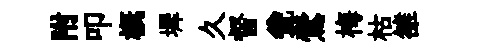
附叩槪墀久督瓮鶯梅枯雒